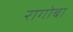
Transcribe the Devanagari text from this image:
रागोबा